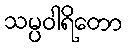
သမ္ပဝါရိတော